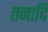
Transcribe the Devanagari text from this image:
तनादि